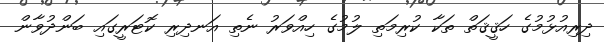
ދިރިއުޅުމުގެ ހަޤީޤަތް ތަކާ ކުރިމަތި ލުމުގެ ހިއްވަރު ނެތި އަނދިރި ކޮޓަރީގައި ބަންދުވާން